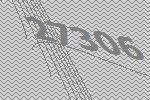
27306